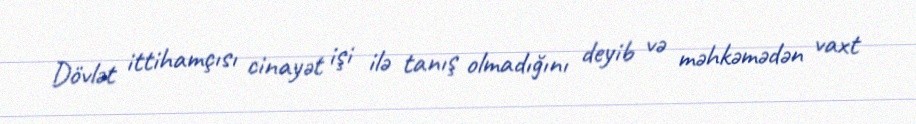
Dövlət ittihamçısı cinayət işi ilə tanış olmadığını deyib və məhkəmədən vaxt